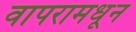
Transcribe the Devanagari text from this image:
वापरामधून